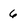
Character: 6